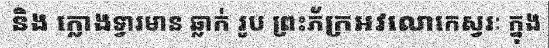
និង ក្លោងទ្វារមាន ឆ្លាក់ រូប ព្រះភ័ក្រអវលោកេស្វរៈ ក្នុង